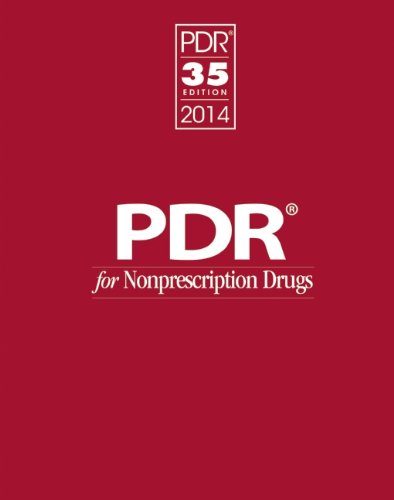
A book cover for PDR for Nonprescription Drugs 2014 (Physicians' Desk Reference for Nonprescription Drugs); PDR Staff; Medical Books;